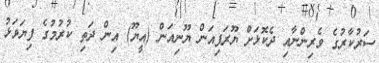
ސަރުކާރުގެ ވެރިންނާއި ދެކޮޅަށް ޔޫރަޕިއަން ޔޫނިއަން (އީޔޫ) އިން ދަތި ކުރުމުގެ ފިޔަވަޅު